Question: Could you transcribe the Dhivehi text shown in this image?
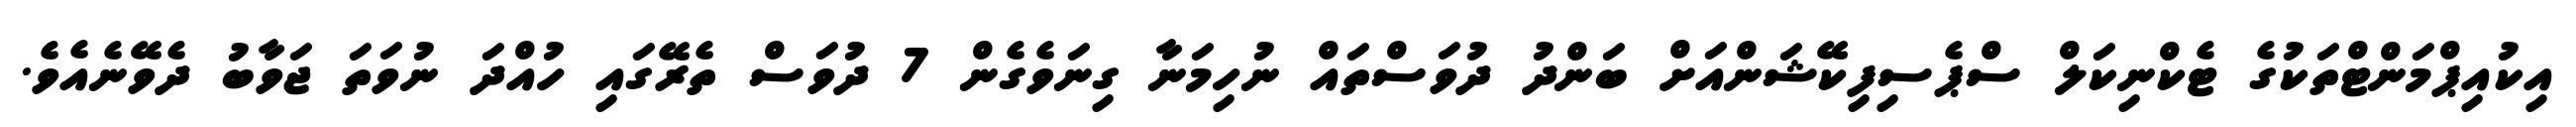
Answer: އިކުއިޕްމަންޓްތަކުގެ ޓެކްނިކަލް ސްޕެސިފިކޭޝަންއަށް ބަންދު ދުވަސްތައް ނުހިމަނާ ގިނަވެގެން 7 ދުވަސް ތެރޭގައި ހުއްދަ ނުވަތަ ޖަވާބު ދެވޭނެއެވެ.